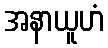
အနာယူဟံ